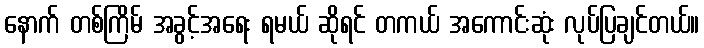
နောက် တစ်ကြိမ် အခွင့်အရေး ရမယ် ဆိုရင် တကယ် အကောင်းဆုံး လုပ်ပြချင်တယ်။